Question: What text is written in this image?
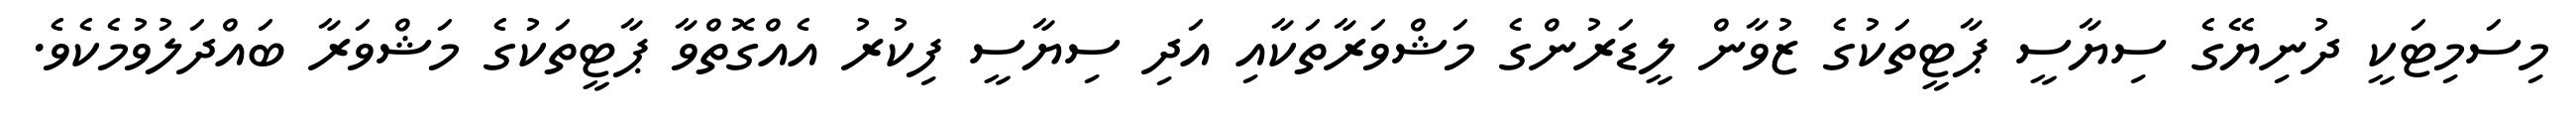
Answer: މިސަމިޓަކީ ދުނިޔޭގެ ސިޔާސީ ޕާޓީތަކުގެ ޒުވާން ލީޑަރުންގެ މަޝްވަރާތަކާއި އަދި ސިޔާސީ ފިކުރު އެއްގޮތްވާ ޕާޓީތަކުގެ މަޝްވަރާ ބައްދަލުވުމެކެވެ.